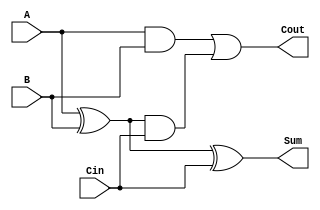
module CarryLookaheadFullAdder (
    input wire A,        // First input bit
    input wire B,        // Second input bit
    input wire Cin,      // Carry input
    output wire Sum,     // Sum output
    output wire Cout     // Carry output
);

    // Internal signals for Generate (G) and Propagate (P)
    wire G;             // Generate signal
    wire P;             // Propagate signal
    wire C1;            // Intermediate carry output

    // Generate and Propagate logic
    assign G = A & B;   // Generate: G = A * B
    assign P = A ^ B;   // Propagate: P = A XOR B

    // Carry Calculation
    assign C1 = G | (P & Cin); // C1 = G + (P * Cin)
    assign Cout = C1;           // Cout = C1

    // Sum Calculation
    assign Sum = P ^ Cin;       // Sum = P XOR Cin

endmodule